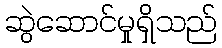
ဆွဲဆောင်မှုရှိသည်